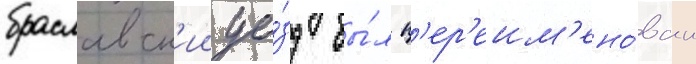
браславск'ии уе́зд бы́л п'ер'еим'ено́ван